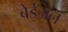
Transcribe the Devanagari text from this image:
बेईअन